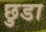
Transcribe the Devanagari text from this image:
छ़ुडा